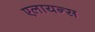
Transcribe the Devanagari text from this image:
एलायन्स